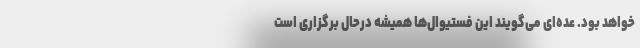
خواهد بود. عده‌ای می‌گویند این فستیوال‌ها همیشه درحال برگزاری است